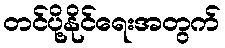
တင်ပို့နိုင်ရေးအတွက်